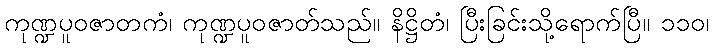
ကုဏ္ဍပူဝဇာတကံ၊ ကုဏ္ဍပူဝဇာတ်သည်။ နိဋ္ဌိတံ၊ ပြီးခြင်းသို့ရောက်ပြီ။ ၁၁၀၊